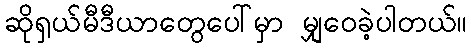
ဆိုရှယ်မီဒီယာတွေပေါ်မှာ မျှဝေခဲ့ပါတယ်။